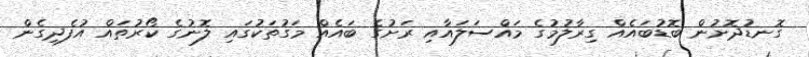
ގޮނޑުދޮށުން ބޮޑުބައެއް ގިރާލުމުގެ މައްސަލައާއި ރަށުގެ ބައެއް މަގުތަކުގައި ލޮނުގެ ކޯރުތައް އުފެދިގެން